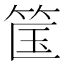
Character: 筺